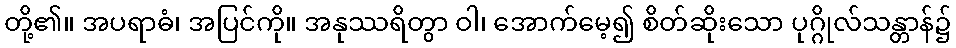
တို့၏။ အပရာဓံ၊ အပြင်ကို။ အနုဿရိတွာ ဝါ၊ အောက်မေ့၍ စိတ်ဆိုးသော ပုဂ္ဂိုလ်သန္တာန်၌